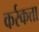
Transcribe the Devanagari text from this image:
कर्रकत्ता